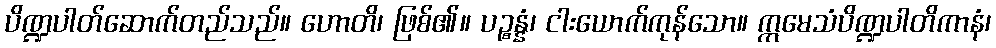
ပိဏ္ဍပါတ်ဆောက်တည်သည်။ ဟောတိ၊ ဖြစ်၏။ ပဉ္စန္နံ၊ ငါးယောက်ကုန်သော။ ဣမေသံပိဏ္ဍပါတိကာနံ၊